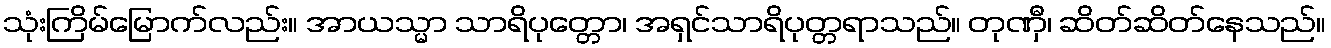
သုံးကြိမ်မြောက်လည်း။ အာယသ္မာ သာရိပုတ္တော၊ အရှင်သာရိပုတ္တရာသည်။ တုဏှီ၊ ဆိတ်ဆိတ်နေသည်။